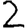
Digit: 2